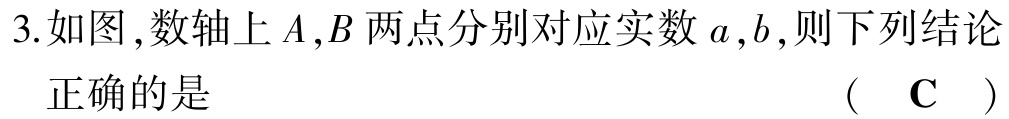
3.如图,数轴上\(A,B\)两点分别对应实数\(a,b\),则下列结论

正确的是 （ \(\text{C}\) ）